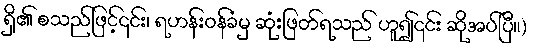
ရှိ၏ စသည်ဖြင့်၎င်း၊ ရဟန်းဝန်ခံမှ ဆုံးဖြတ်ရသည် ဟူ၍၎င်း ဆိုအပ်ပြီ။)